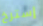
إسترخ